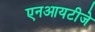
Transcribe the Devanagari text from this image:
एनआयटीजे